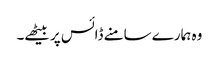
وہ ہمارے سامنے ڈائس پر بیٹھے۔